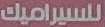
للسيراميك